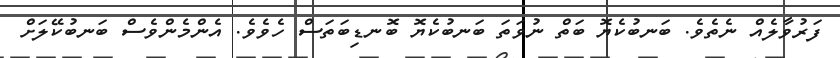
ފަރުވާލެއް ނެތެވެ. ބަނބުކެޔޮ ބަތް ނުވަތަ ބަނބުކެޔޮ ބޮނޑިބަތަސް ހެވެވެ. އެންމެންވެސް ބަނބުކޭލަށް